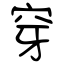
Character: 穿